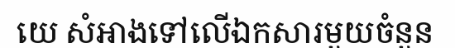
យេ សំអាងទៅលើឯកសារមួយចំនួន